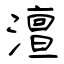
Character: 澶